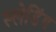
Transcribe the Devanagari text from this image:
स्लेडिंग